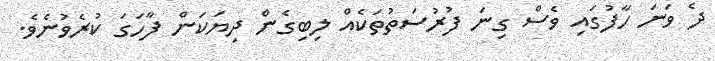
ދެ ވަނަ ހާފުގައި ވެސް ގިނަ ފުރުސަތުތަކެއް ލިބިގެން ދިޔަކަން ފާހަގަ ކުރެވުނެވެ.